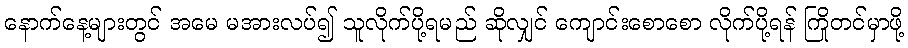
နောက်နေ့များတွင် အမေ မအားလပ်၍ သူလိုက်ပို့ရမည် ဆိုလျှင် ကျောင်းစောစော လိုက်ပို့ရန် ကြိုတင်မှာဖို့